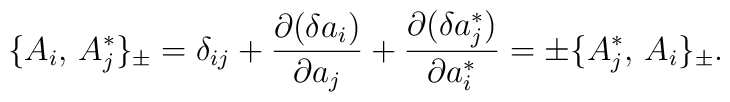
\{A_i,\, A_j^*\}_{\pm} = \delta_{ij} +{\partial (\delta a_i)\over\partial a_j} +{\partial (\delta a_j^*)\over\partial a_i^*} =\pm\{A_j^*,\, A_i\}_{\pm}.